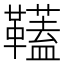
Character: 𩍰